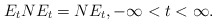
\begin{align*} E_t{N}E_t={N}E_t,-\infty<t<\infty.\end{align*}